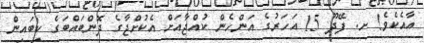
އާއެކެވެ! ށ. ފޭދޫ 15 އަހަރުގެ އަންހެން ކުއްޖާއަށް އެކުށްޖާގެ ދޮންބައްބަގެ ކިބައިން